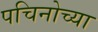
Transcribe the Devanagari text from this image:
पचिनोच्या